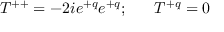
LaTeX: T ^ { + + } = - 2 i e ^ { + q } e ^ { + q } ; \ \ \ \ \ T ^ { + q } = 0